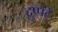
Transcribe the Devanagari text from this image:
दुप्पटे